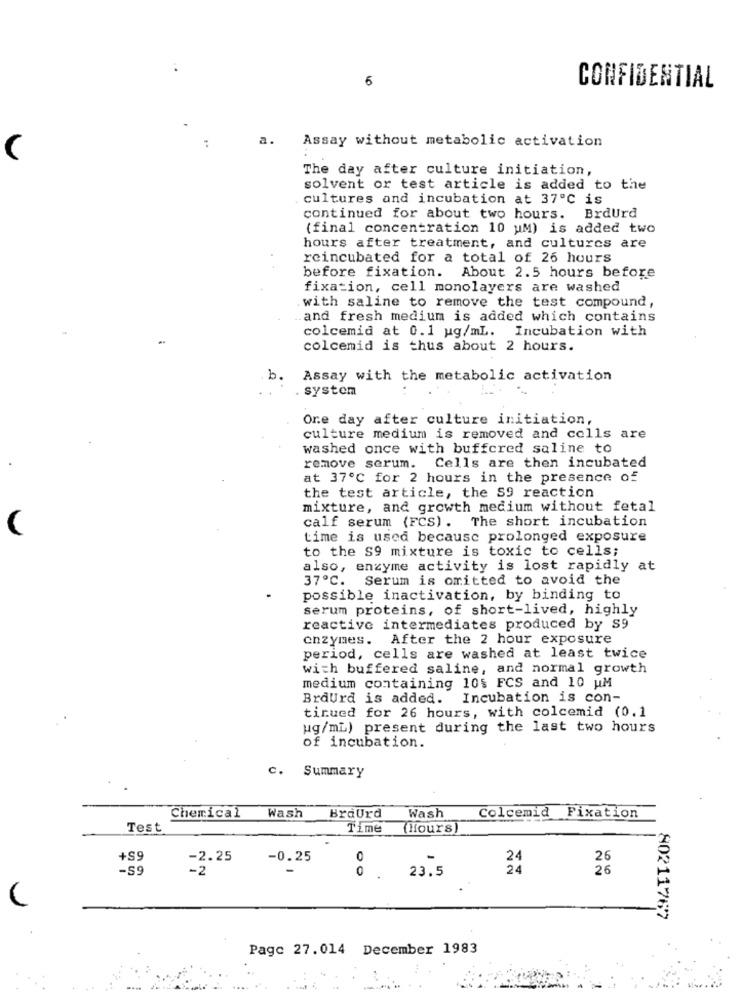
6
CONFIDENTIAL
a.
Assay without metabolic activation
The day after culture initiation,
solvent or test article is added to the
cultures and incubation at 37º℃ is
continued for about two hours. BrdUrd
(final concentration 10 uM) is added two
hours after treatment, and cultures are
reincubated for a total of 26 hours
before fixation. About 2.5 hours before
fixation, cell monolayers are washed
with saline to remove the test compound,
and fresh medium is added which contains
colcemid at 0.1 ug/mL. Incubation with
colcemid is thus about 2 hours.
Assay with the metabolic activation
system
One day after culture initiation,
culture medium is removed and colls are
washed once with buffcred saline to
remove serum. Cells are then incubated
at 37℃ for 2 hours in the presence of
the test article, the S9 reaction
mixture, and growth medium without fetal
calf serum (FCS). The short incubation
(
time is used because prolonged exposure
to the S9 mixture is toxic to cells;
also, enzyme activity is lost rapidly at
37ºC.
Serum is omitted to avoid the
possible inactivation, by binding to
serum proteins, of short-lived, highly
reactive intermediates produced by S9
enzymes. After the 2 hour exposure
period, cells are washed at least twice
with buffered saline, and normal growth
medium containing 10$ FCS and 10 UM
BrdUrd is added. Incubation is con-
tinued for 26 hours, with colcemid (0.1
ug/mi) present during the last two hours
of incubation.
c.
Summary
Chemical
Wash
BraUrd
Wash
Colcemid Fixation
Test
Time
(Hours)
+S9
-2.25
-0.25
0
24
26
-59
-2
24
26
0 . 23.5
80211767
Page 27.014 December 1983